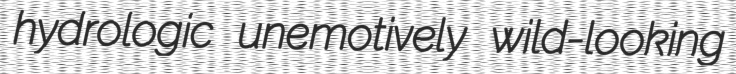
hydrologic unemotively wild-looking